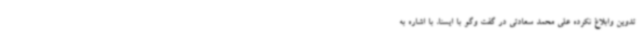
تدوین وابلاغ نکرده علی محمد سعادتی در گفت وگو با ایسنا، با اشاره به